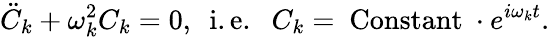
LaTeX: {\ddot{C}}_{k}+\omega_{k}^{2}C_{k}=0,~~\mathrm{i.e.}~~~C_{k}=~\mathrm{Constant}~\cdot e^{i\omega_{k}t}.